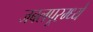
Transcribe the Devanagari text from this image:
जबलपूरम्ध्ये